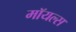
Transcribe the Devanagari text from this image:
मॉयल्स